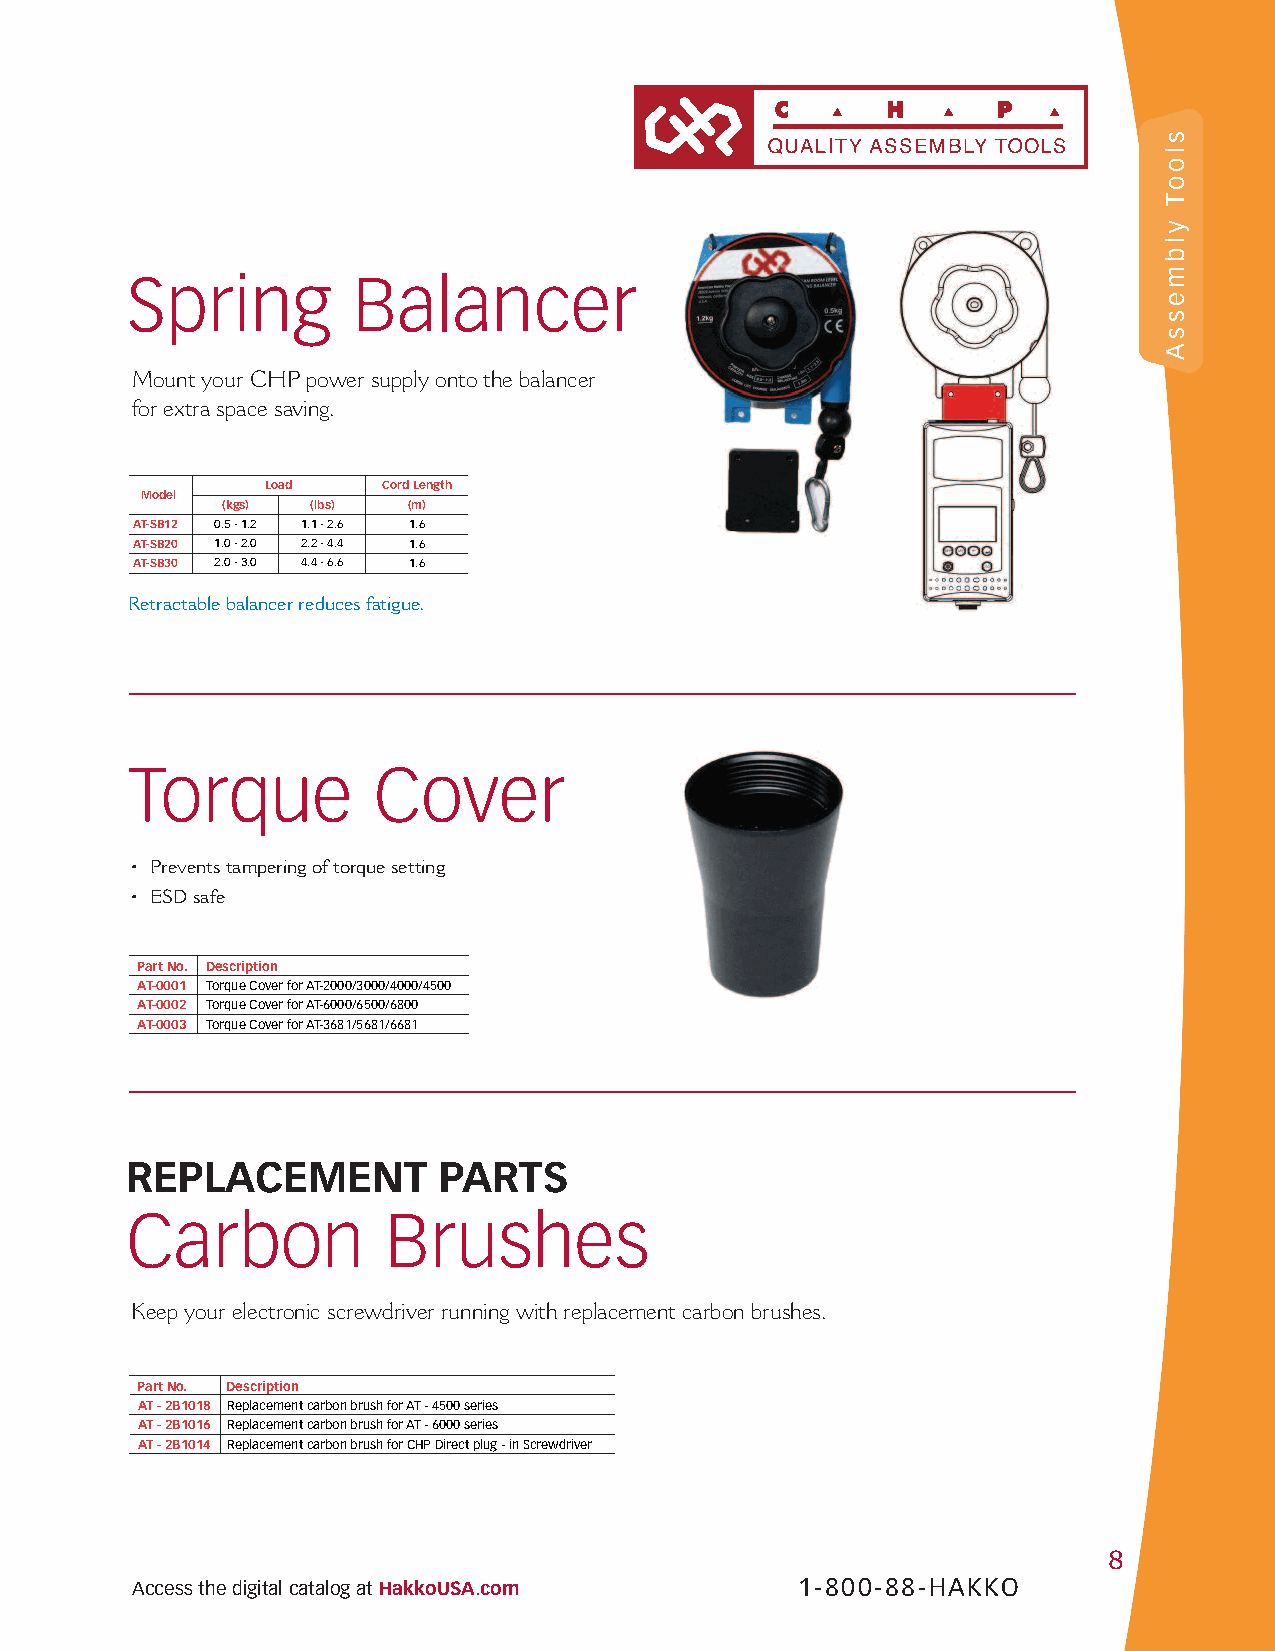
Spring         Balancer
 MountyourCHPpowersupplyontothebalancer
 forextraspacesaving.
 Load   CordLength
 Model
 (kgs) (lbs) (m)
 AT-SB12 0.5-1.2 1.1-2.6 1.6
 AT-SB20 1.0-2.0 2.2-4.4 1.6
 AT-SB30 2.0-3.0 4.4-6.6 1.6
 Retractablebalancerreducesfatigue.
 Torque          Cover
 • Preventstamperingoftorquesetting
 • ESDsafe
 PartNo. Description
 AT-0001 TorqueCoverforAT-2000/3000/4000/4500
 AT-0002 TorqueCoverforAT-6000/6500/6800
 AT-0003 TorqueCoverforAT-3681/5681/6681
 REPLACEMENT          PARTS
 Carbon            Brushes
 Keepyourelectronicscrewdriverrunningwithreplacementcarbonbrushes.
 PartNo. Description
 AT-2B1018 ReplacementcarbonbrushforAT-4500series
 AT-2B1016 ReplacementcarbonbrushforAT-6000series
 AT-2B1014 ReplacementcarbonbrushforCHPDirectplug-inScrewdriver
 8
 AccessthedigitalcatalogatHakkoUSA.com       1-800-88-HAKKO
 slooT
 ylbmessA